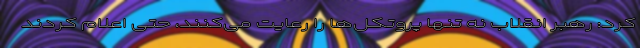
کرد: رهبر انقلاب نه تنها پروتکل‌ها را رعایت می‌کنند، حتی اعلام کردند